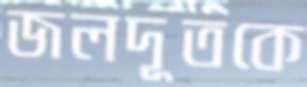
জলদূতকে